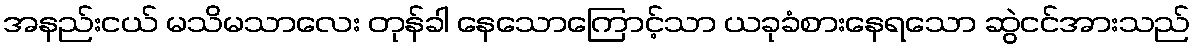
အနည်းငယ် မသိမသာလေး တုန်ခါ နေသောကြောင့်သာ ယခုခံစားနေရသော ဆွဲငင်အားသည်